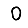
Digit: 0